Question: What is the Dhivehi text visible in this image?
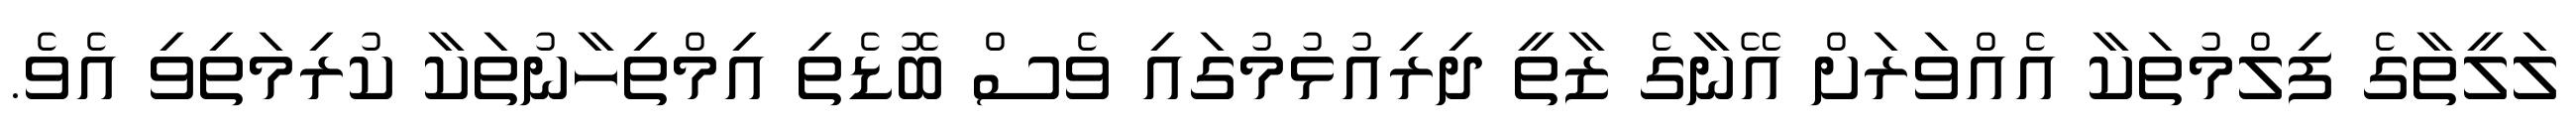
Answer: ލަލީތާގެ ފިލްމުތަކާ އެއްވަރަށް އޭނާގެ ޒާތީ ދިރިއުޅުމުގައި ވެސް ބޮޑެތި އިމްތިހާނުތަކާ ކުރިމަތިވި އެވެ.